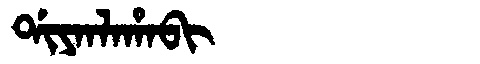
Manchu: ᡩᡳᠶᠠᠨᠯᠠᡥᠠᠪᡳ
Romanization: DIYANLAHABI